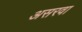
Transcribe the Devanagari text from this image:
असरवा